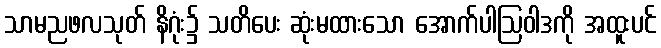
သာမညဖလသုတ် နိဂုံး၌ သတိပေး ဆုံးမထားသော အောက်ပါဩဝါဒကို အထူးပင်